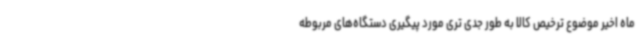
ماه اخیر موضوع ترخیص کالا به طور جدی تری مورد پیگیری دستگاه‌های مربوطه